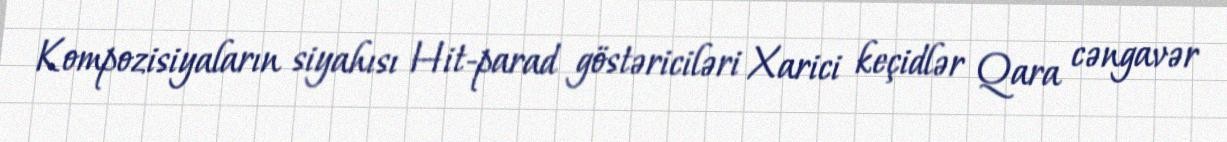
Kompozisiyaların siyahısı Hit-parad göstəriciləri Xarici keçidlər Qara cəngavər